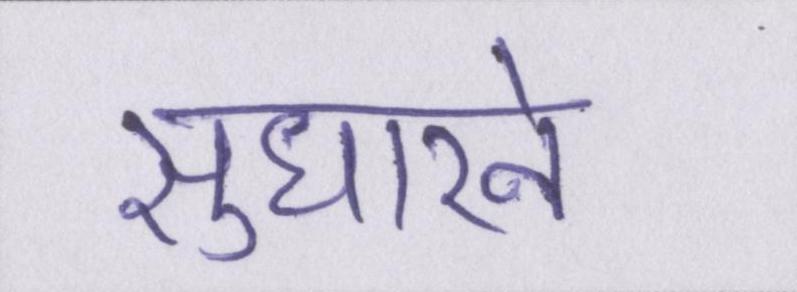
सुधारने